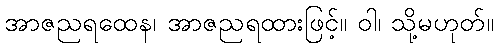
အာဇညရထေန၊ အာဇညရထားဖြင့်။ ဝါ၊ သို့မဟုတ်။